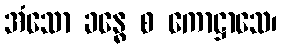
အံသော ခန္ဓေ စ ကောဋ္ဌာသေ၊